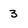
Character: 3